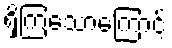
ရှိကြသောကြောင့်